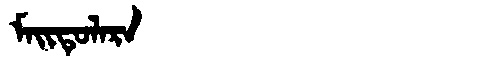
Manchu: ᠮᠠᡳᡨᡠᠯᠠᡵᠠ
Romanization: MAITULARA